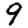
Digit: 9